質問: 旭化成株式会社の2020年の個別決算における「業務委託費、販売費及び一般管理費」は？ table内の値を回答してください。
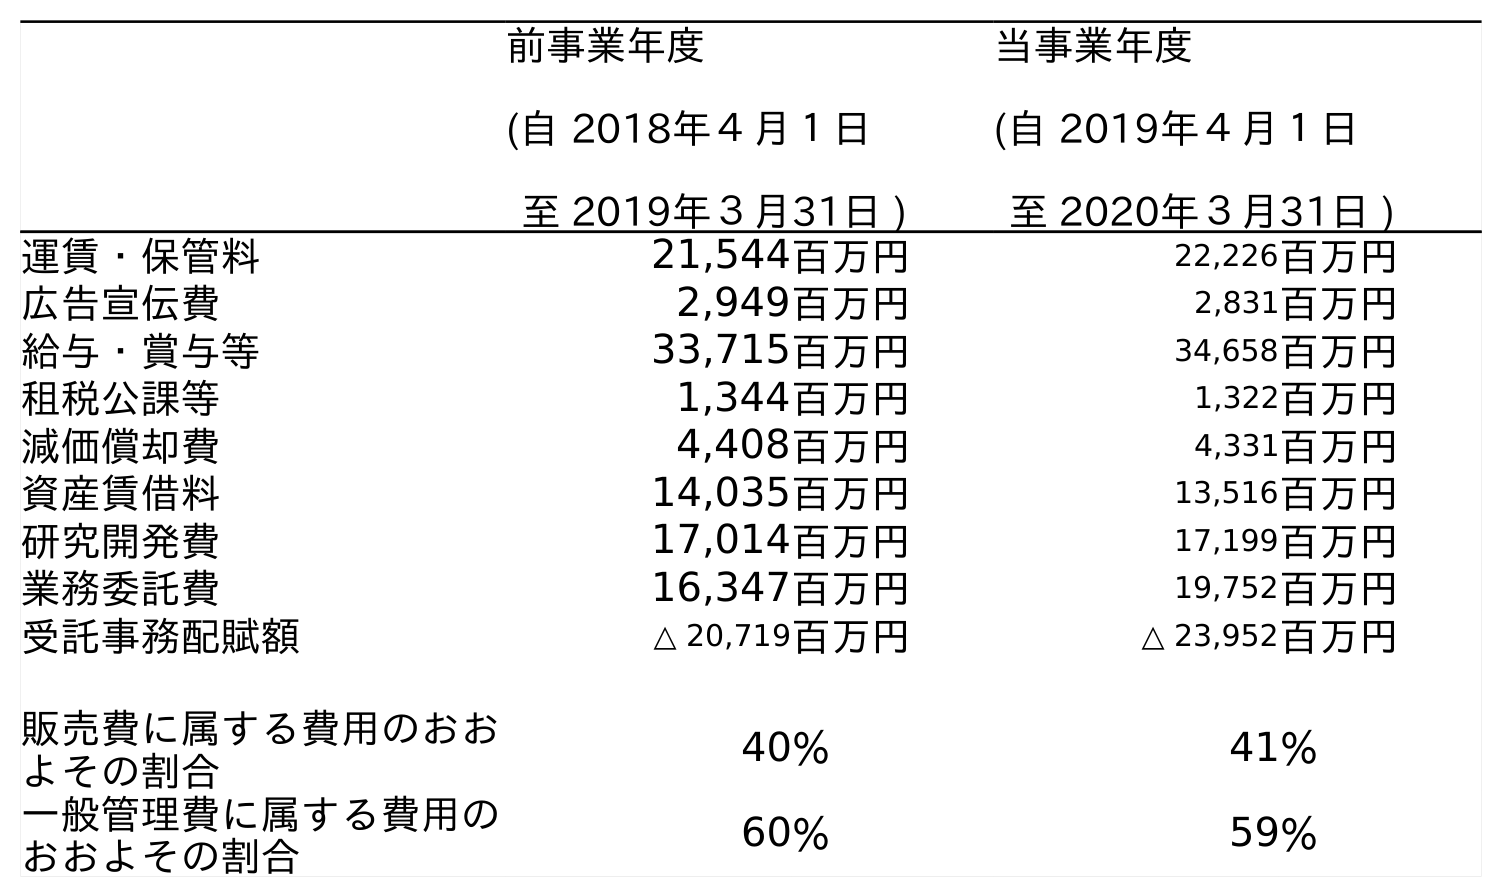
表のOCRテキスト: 前事業年度 (自 2018年４月１日 至 2019年３月31日 ) 当事業年度 (自 2019年４月１日 至 2020年３月31日 ) 運賃・保管料 21,544百万円 22,226百万円 広告宣伝費 2,949百万円 2,831百万円 給与・賞与等 33,715百万円 34,658百万円 租税公課等 1,344百万円 1,322百万円 減価償却費 4,408百万円 4,331百万円 資産賃借料 14,035百万円 13,516百万円 研究開発費 17,014百万円 17,199百万円 業務委託費 16,347百万円 19,752百万円 受託事務配賦額 △ 20,719百万円 △ 23,952百万円 販売費に属する費用のおお よその割合 40％ 41％ 一般管理費に属する費用の おおよその割合 60％ 59％
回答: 19,752